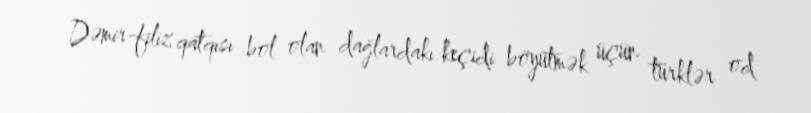
Dəmir-filiz qatqısı bol olan dağlardakı keçidi böyütmək üçün türklər od